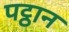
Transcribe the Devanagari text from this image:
पट्ठान